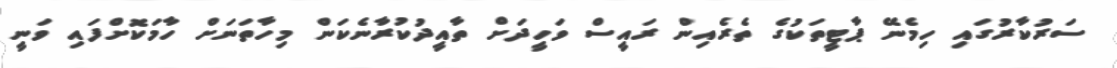
ސަރުކާރުގައި ހިމެނޭ ޕާޓީތަކުގެ ތެރެއިން ރައީސް ވަހީދަށް ތާއީދުކުރާނެކަން މިހާތަނަށް ހާމަކޮށްފައި ވަނީ